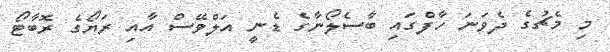
މި މެޗުގެ ދެވަނަ ހާފްގައި ބާސެލޯނާގެ ޑެނީ އަލްވޭސް އާއި ރަޔޯގެ ރޮބާޓޯ